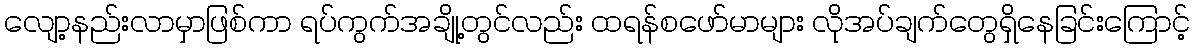
လျော့နည်းလာမှာဖြစ်ကာ ရပ်ကွက်အချို့တွင်လည်း ထရန်စဖော်မာများ လိုအပ်ချက်တွေရှိနေခြင်းကြောင့်